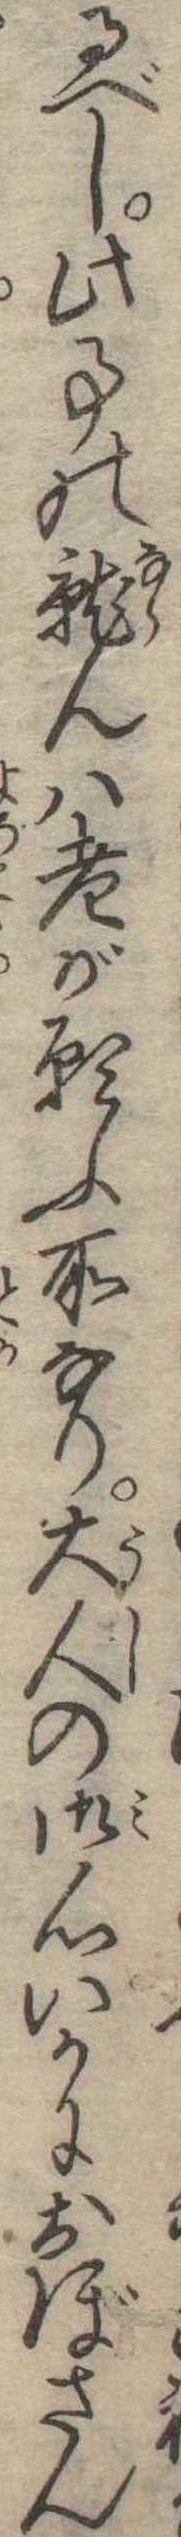
るべし此事の就んは老が願ふ所なり大人の御心いかにおぼさん